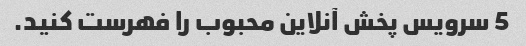
5 سرویس پخش آنلاین محبوب را فهرست کنید.